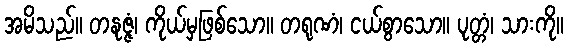
အမိသည်။ တနုဇ္ဇံ၊ ကိုယ်မှဖြစ်သော။ တရုဏံ၊ ငယ်စွာသော။ ပုတ္တံ၊ သားကို။